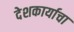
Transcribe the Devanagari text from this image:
देशकार्याचा